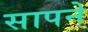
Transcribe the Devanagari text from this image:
सापने